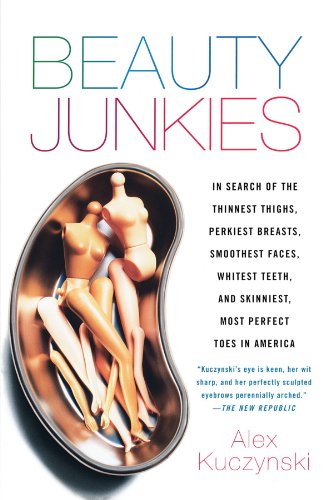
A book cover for Beauty Junkies: In search of the thinnest thighs, perkiest breasts, smoothest faces, whitest teeth, and skinniest, most perfect toes in America; Alex Kuczynski; Health, Fitness & Dieting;